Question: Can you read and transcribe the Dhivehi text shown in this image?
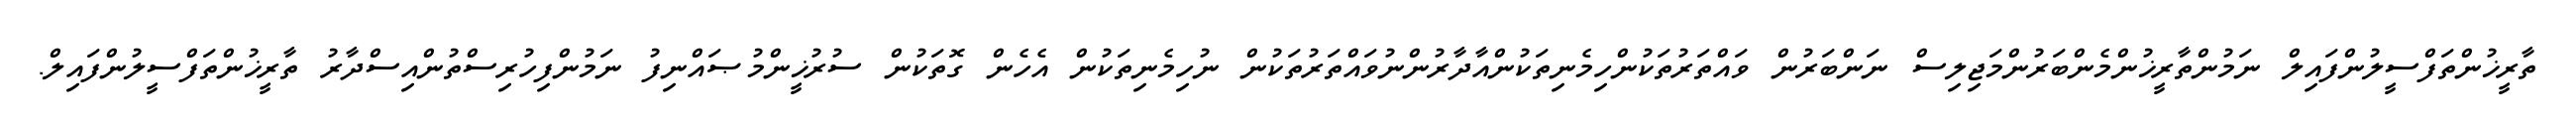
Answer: ތާރީޚުންތަފްސީލުންފައިލް ނަމުންތާރީޚުންމެންބަރުންމަޖިލިސް ނަންބަރުން ވައްތަރުތަކުންހިމެނިތަކުންއާދާރުންނުވައްތަރުތަކުން ނުހިމެނިތަކުން އެހެން ގޮތަކުން ސުރުޚީންމުޞައްނިފު ނަމުންފިހުރިސްތުންއިސްދާރު ތާރީޚުންތަފްސީލުންފައިލް.